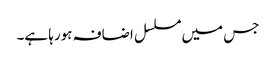
جس میں مسلسل اضافہ ہورہا ہے۔